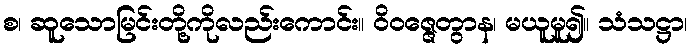
စ၊ ဆူသောမြင်းတို့ကိုလည်းကောင်း။ ဝိဝဇ္ဇေတွာန၊ မယူမူ၍။ သံသဋ္ဌာ၊